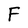
Character: F